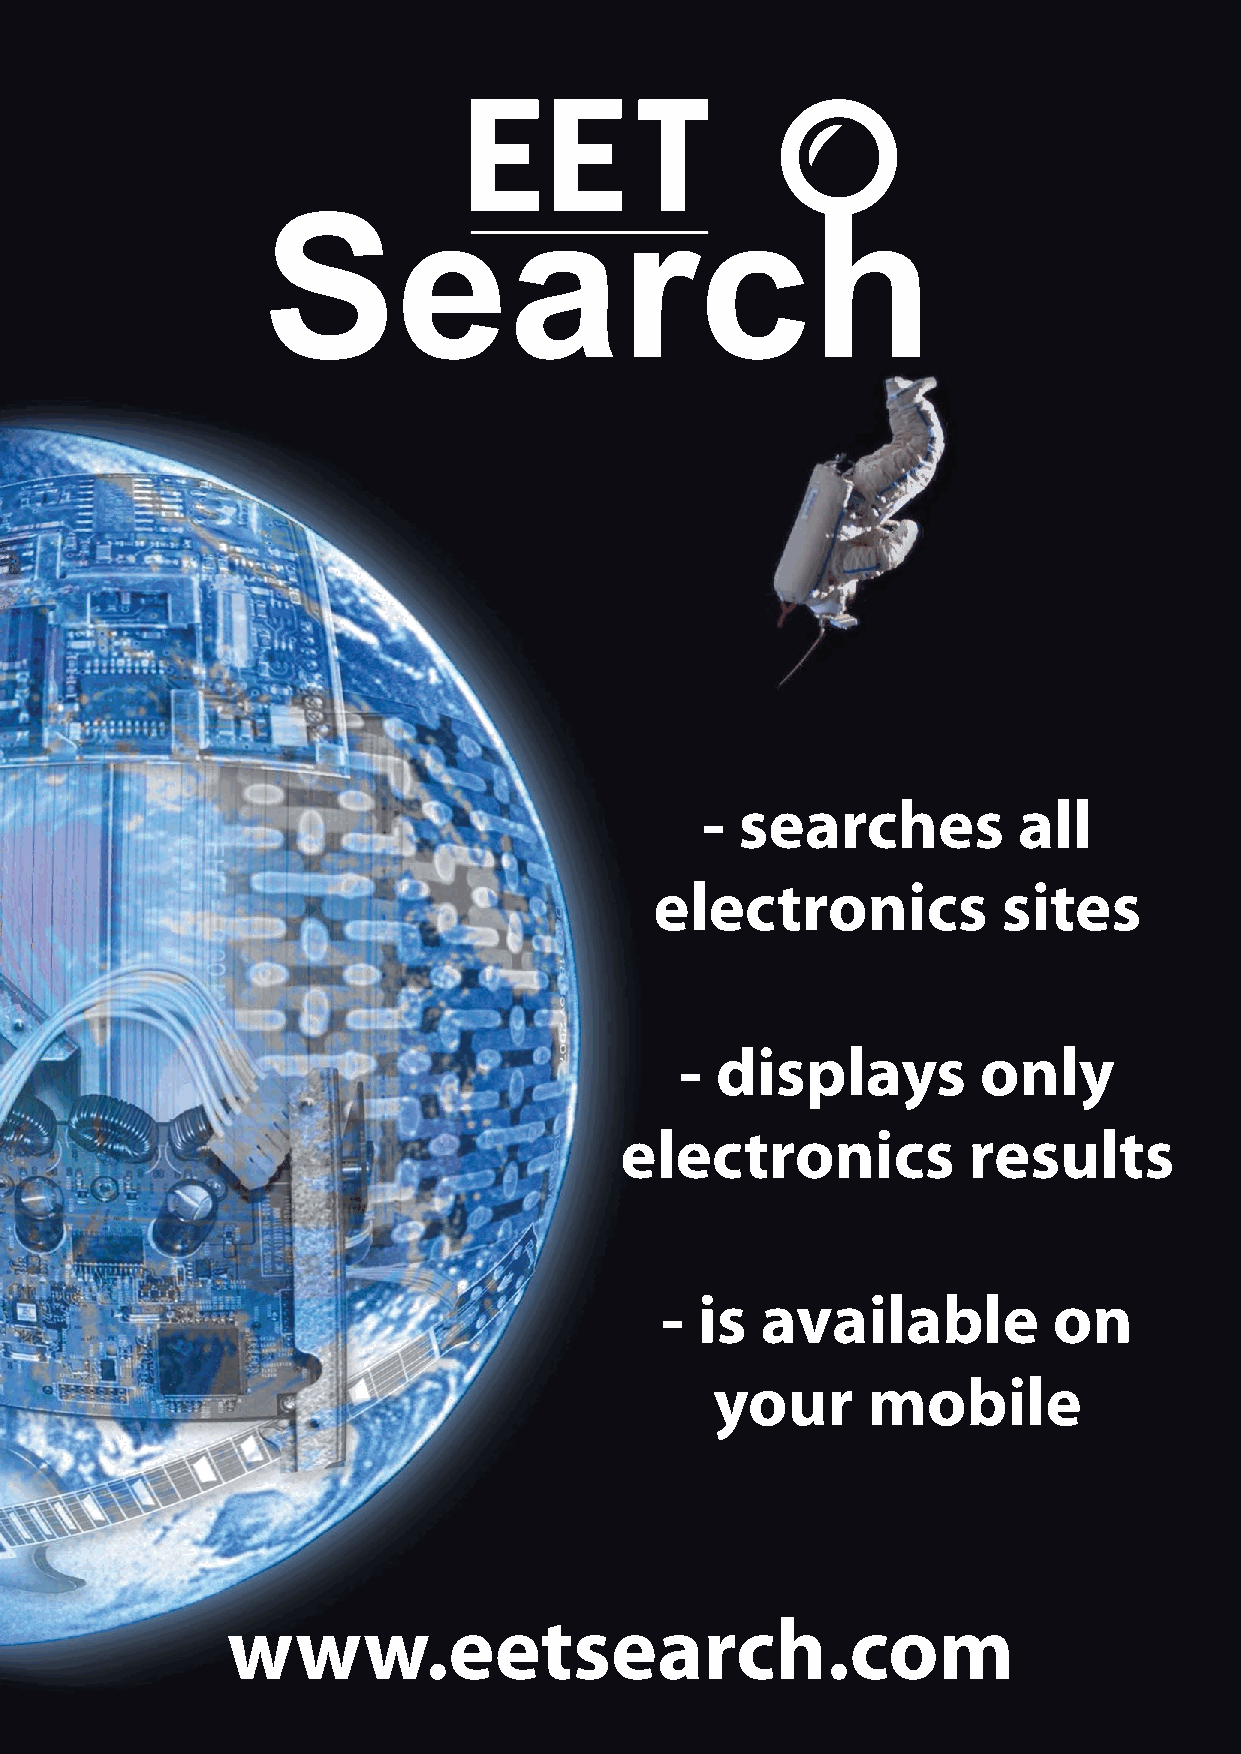
-  searches          all
 electronics            sites
 - displays          only
 electronics            results
 - is  available           on
 your      mobile
 www.eetsearch.com